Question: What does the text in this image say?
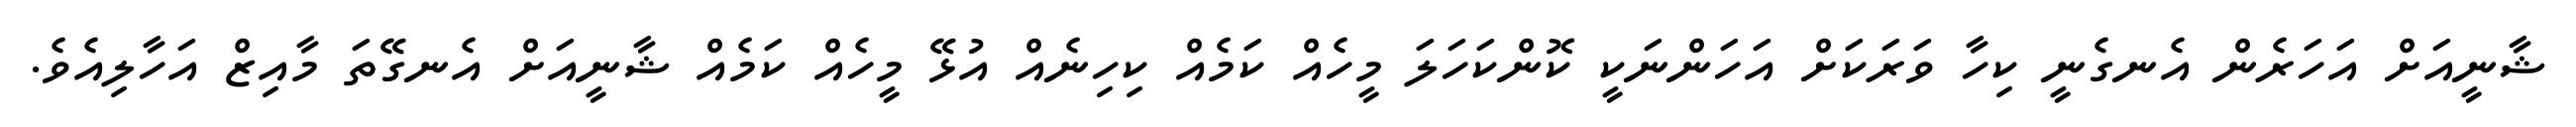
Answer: ޝާނީއަށް އަހަރެން އެނގެނީ ކިހާ ވަރަކަށް އަހަންނަކީ ކޮންކަހަލަ މީހެއް ކަމެއް ކިހިނެއް އުޅޭ މީހެއް ކަމެއް ޝާނީއަށް އެނގޭތަ މާއިޒް އަހާލިއެވެ.